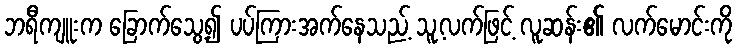
ဘရီကျူးက ခြောက်သွေ့၍ ပပ်ကြားအက်နေသည့် သူ့လက်ဖြင့် လူဆန်း၏ လက်မောင်းကို